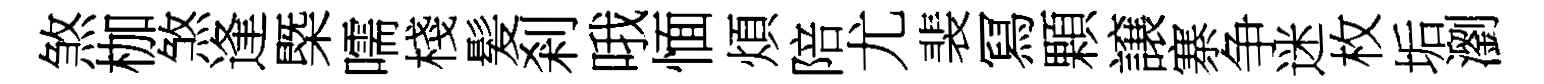
煞枷煞逢㮣嚅棧髪剎哦愐煩陪尤裴冩顆譲寨争迷枚垢瀏